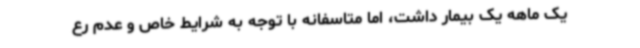
یک ماهه یک بیمار داشت، اما متاسفانه با توجه به شرایط خاص و عدم رع